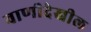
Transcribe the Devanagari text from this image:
वाणीदेखील